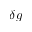
\delta g